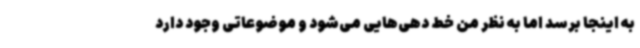
به اینجا برسد اما به نظر من خط دهی‌هایی می‌شود و موضوعاتی وجود دارد